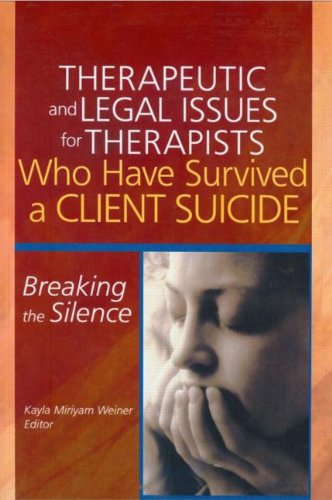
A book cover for Therapeutic and Legal Issues for Therapists Who Have Survived a Client Suicide: Breaking the Silence; Kayla Weiner; Law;